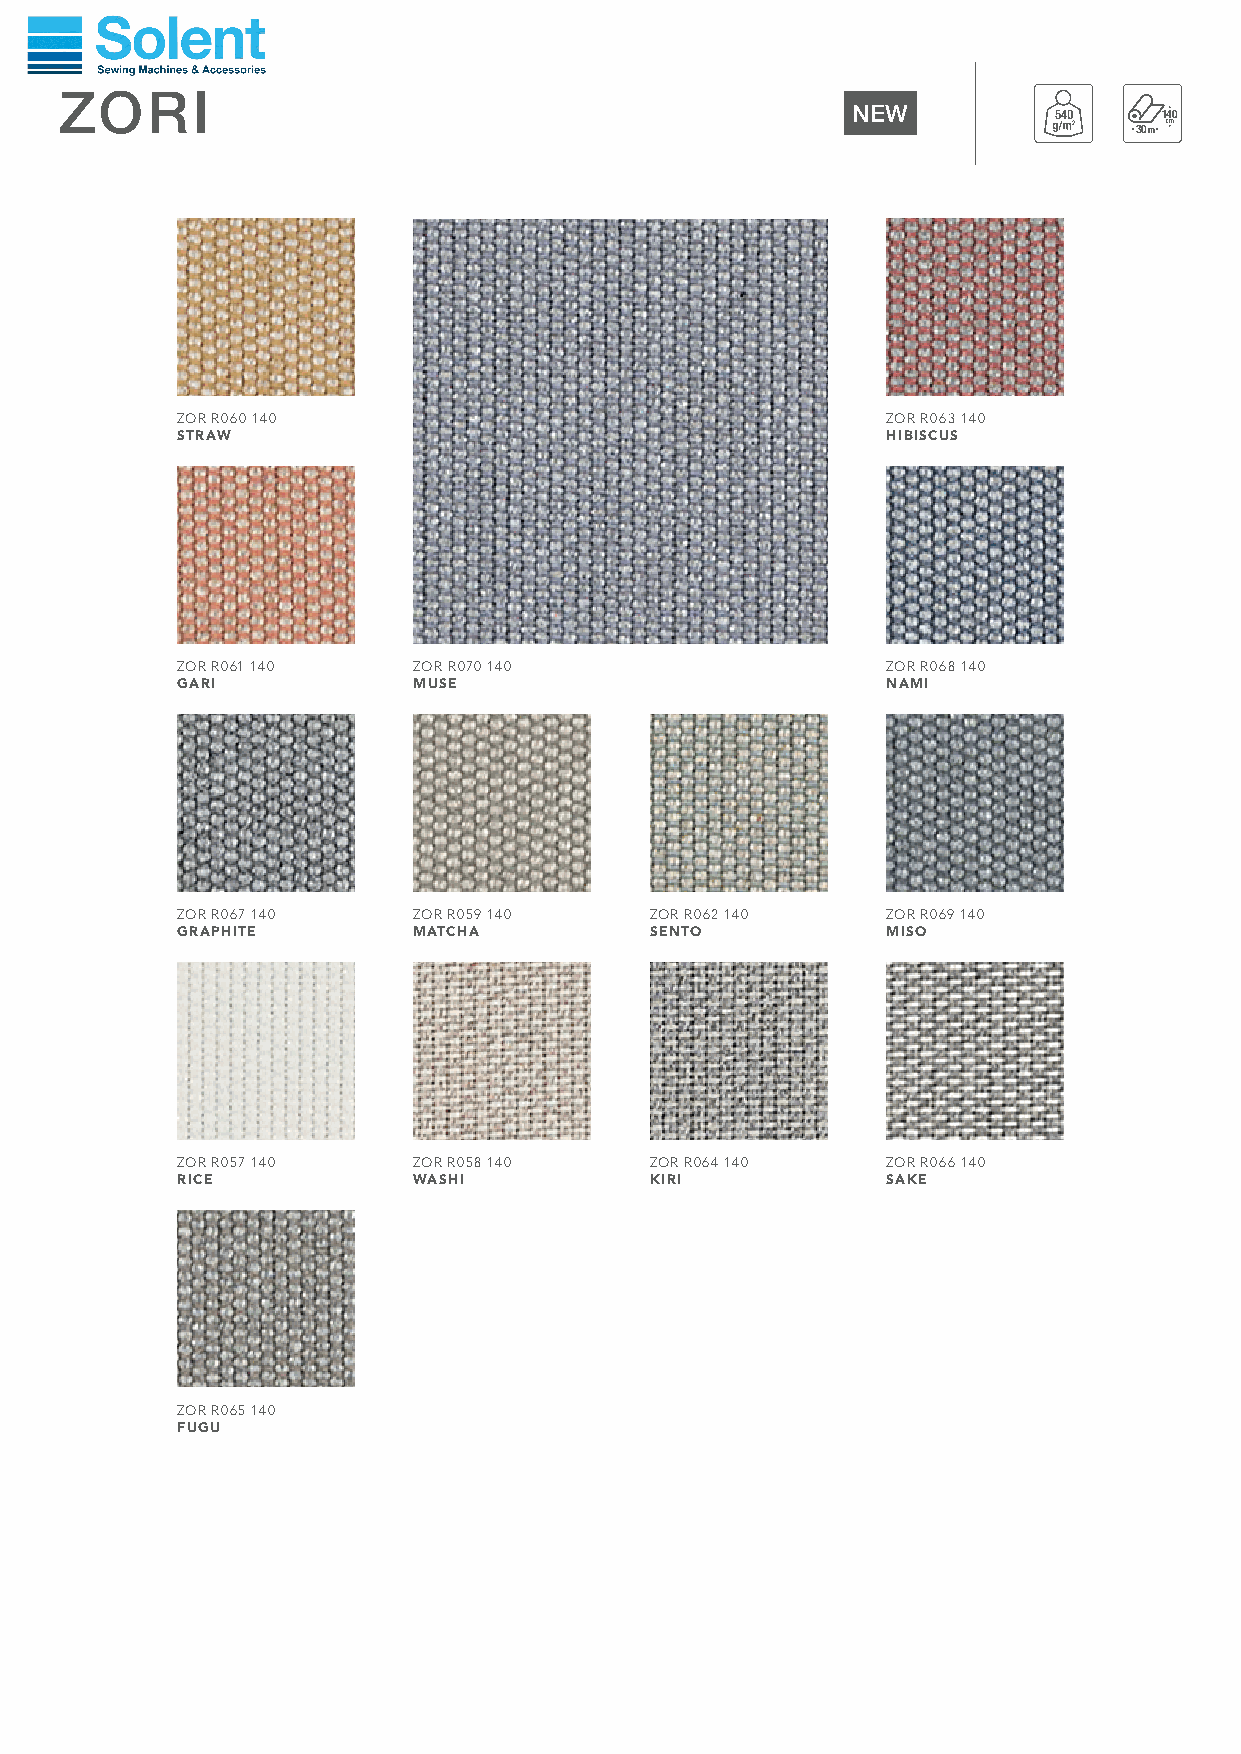
ZORI
 NEW
 540    140
 30m
 ZOR R060 140                                   ZOR R063 140
 STRAW                                          HIBISCUS
 ZOR R061 140   ZOR R070 140                    ZOR R068 140
 GARI           MUSE                            NAMI
 ZOR R067 140   ZOR R059 140    ZOR R062 140    ZOR R069 140
 GRAPHITE       MATCHA          SENTO           MISO
 ZOR R057 140   ZOR R058 140    ZOR R064 140    ZOR R066 140
 RICE           WASHI           KIRI            SAKE
 ZOR R065 140
 FUGU